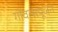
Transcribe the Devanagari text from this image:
गोवत्सपूजन